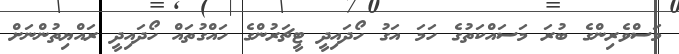
މަސްވެރިންގެ ބުރަ މަސައްކަތުގެ ހަމަ އަގު ހޯދައިދީ ޓީޗަރުންގެ ހައްގުތައް ހޯދައިދީ ރައްޔިތުންނަށް